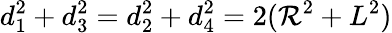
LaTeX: d_{1}^{2}+d_{3}^{2}=d_{2}^{2}+d_{4}^{2}=2(\mathcal{R}^{2}+L^{2})